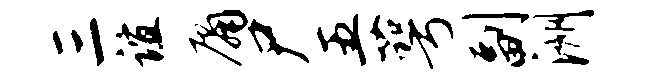
三谊庸尸五萼副洲